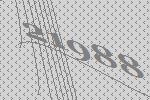
21988